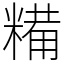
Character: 糒